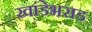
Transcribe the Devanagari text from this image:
खांडेभराड